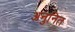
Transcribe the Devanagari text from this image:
अनुनित